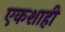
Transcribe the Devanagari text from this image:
एकशाही